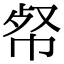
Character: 𢂺